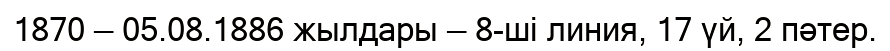
1870 — 05.08.1886 жылдары — 8-ші линия, 17 үй, 2 пәтер.